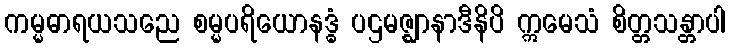
ကမ္မဓာရယသညေ စမ္မပရိယောနဒ္ဓံ ပဌမဇ္ဈာနာဒီနိပိ ဣမေသံ စိတ္တသန္တာပါ